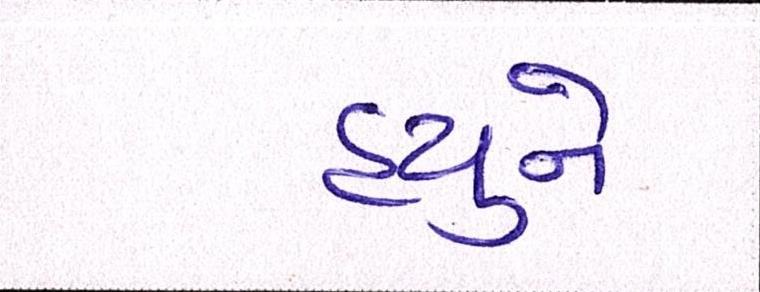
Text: હ્યુને